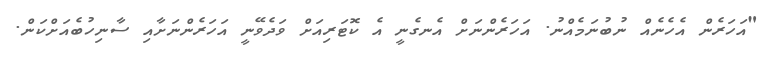
"އަހަރެން އެހެނެއް ނުބުނަމެއްނު. އަހަރެންނަށް އެނގެނީ އެ ކޮޓަރިއަށް ވަދެވޭނީ އަހަރެންނަށާއި ސާނިހުބެއަށްކަން.